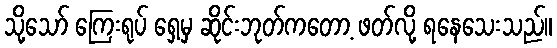
သို့သော် ကြေးရုပ် ရှေ့မှ ဆိုင်းဘုတ်ကတော့ ဖတ်လို့ ရနေသေးသည်။